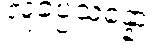
လူခပ္ပသန္နော